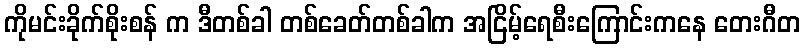
ကိုမင်းခိုက်စိုးစန် က ဒီတစ်ခါ တစ်ခေတ်တစ်ခါက အငြိမ့်ရေစီးကြောင်းကနေ တေးဂီတ